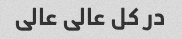
در کل عالی عالی